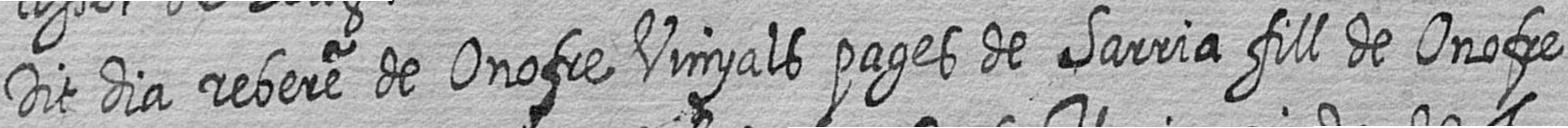
Dit dia rebere de Onofre Vinyals pages de Sarria fill de Onofre